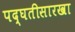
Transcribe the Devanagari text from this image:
पद्घतीसारखा